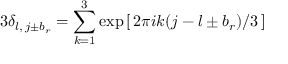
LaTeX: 3 \delta _ { l , \, j \pm b _ { r } } = \sum _ { k = 1 } ^ { 3 } \exp \, [ \, 2 \pi i k ( j - l \pm b _ { r } ) / 3 \, ]